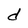
Character: d